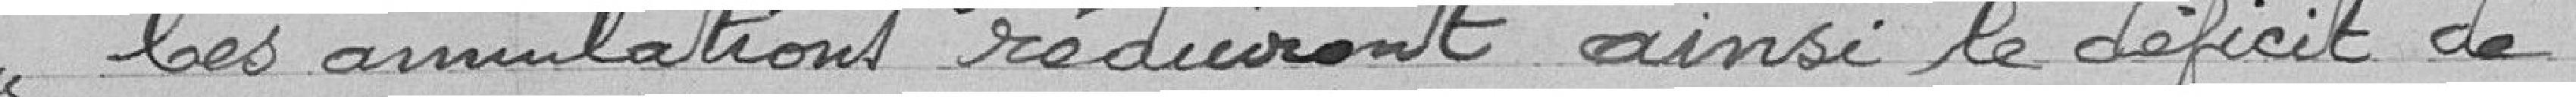
les annulations réduiront ainsi le déficit de